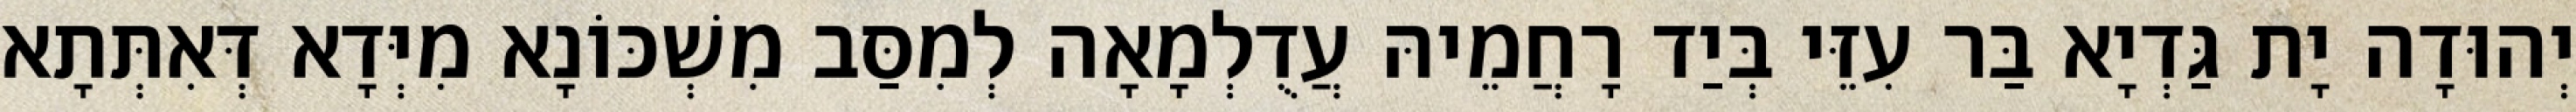
יְהוּדָה יָת גַּדְיָא בַּר עִזֵּי בְּיַד רָחֲמֵיהּ עֲדֻלְמָאָה לְמִסַּב מִשְׁכּוֹנָא מִיְּדָא דְּאִתְּתָא